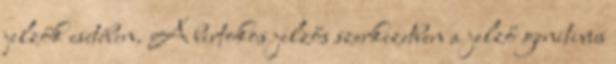
jelzők esetében. A birtokos jelzős szerkezetben a jelző genitivus